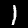
Digit: 1